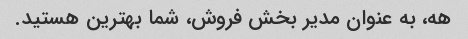
هه، به عنوان مدیر بخش فروش، شما بهترین هستید.